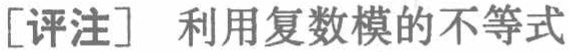
[评注] 利用复数模的不等式